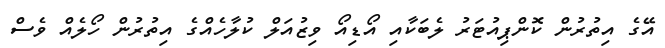
އޭގެ އިތުރުން ކޮންޕިއުޓަރު ލެބަކާއި އޯޑިއޯ ވިޒުއަލް ކުލާހެއްގެ އިތުރުން ހޯލެއް ވެސް